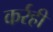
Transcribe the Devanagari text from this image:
कर्रही